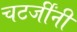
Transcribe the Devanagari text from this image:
चटर्जींनी